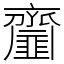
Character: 齏